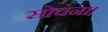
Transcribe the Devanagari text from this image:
सोचना।